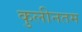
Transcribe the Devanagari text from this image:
कुलीनतम